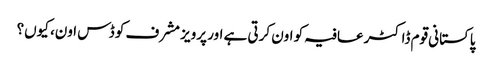
پاکستانی قوم ڈاکٹر عافیہ کو اون کرتی ہے اور پرویز مشرف کو ڈس اون، کیوں؟